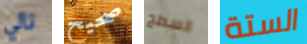
تالي صحيح السطح الستة